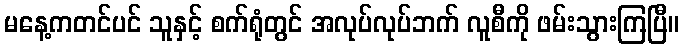
မနေ့ကတင်ပင် သူနှင့် စက်ရုံတွင် အလုပ်လုပ်ဘက် လူစီကို ဖမ်းသွားကြပြီ။